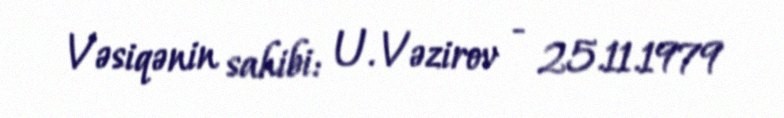
Vəsiqənin sahibi: U. Vəzirov - 25.11.1979